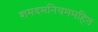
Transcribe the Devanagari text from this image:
शमदमनियममहित